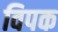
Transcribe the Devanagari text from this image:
विपक